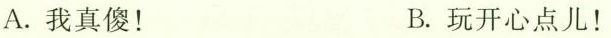
A.我真傻！ B.玩开心点儿！